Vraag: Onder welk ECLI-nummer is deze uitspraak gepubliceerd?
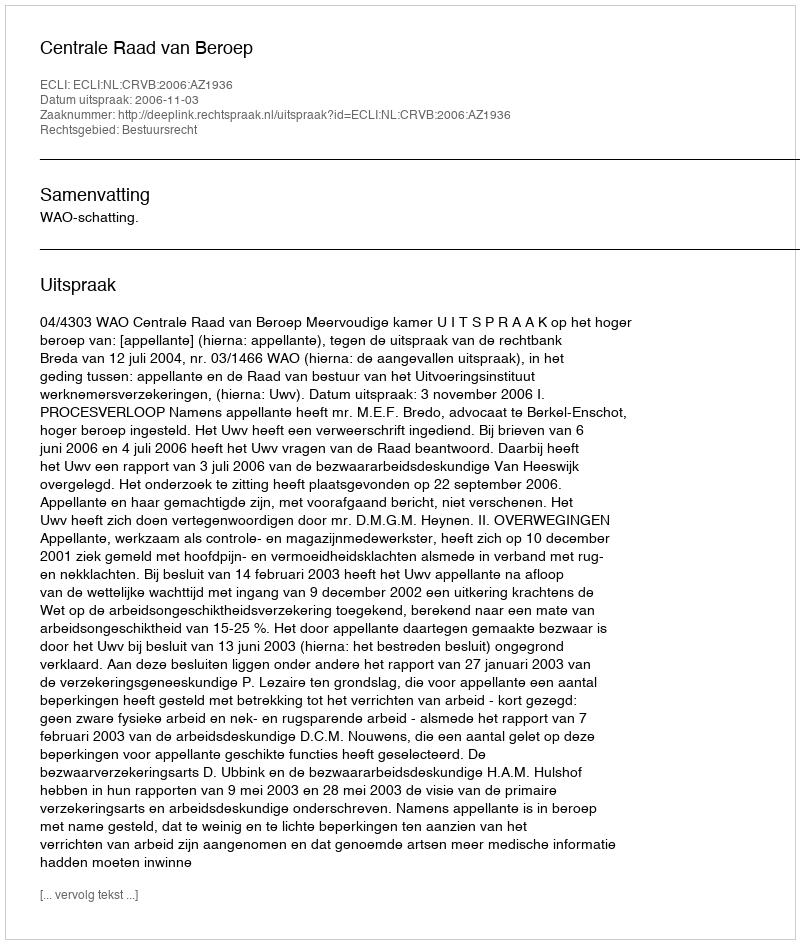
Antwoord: ECLI:NL:CRVB:2006:AZ1936